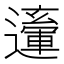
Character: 𨘙